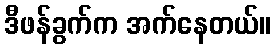
ဒီဖန်ခွက်က အက်နေတယ်။